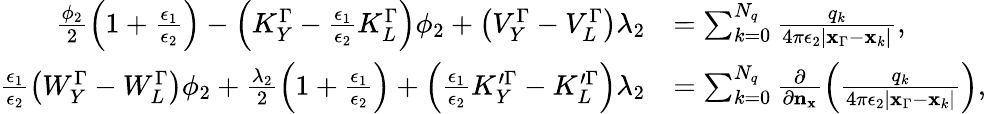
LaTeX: \begin{array}{rl}{\frac{\phi_{2}}{2}\left(1+\frac{\epsilon_{1}}{\epsilon_{2}}\right)-\left(K_{Y}^{\Gamma}-\frac{\epsilon_{1}}{\epsilon_{2}}K_{L}^{\Gamma}\right)\phi_{2}+\left(V_{Y}^{\Gamma}-V_{L}^{\Gamma}\right)\lambda_{2}}&{=\sum_{k=0}^{N_{q}}\frac{q_{k}}{4\pi\epsilon_{2}|\mathbf{x}_{\Gamma}-\mathbf{x}_{k}|},}\\ {\frac{\epsilon_{1}}{\epsilon_{2}}\left(W_{Y}^{\Gamma}-W_{L}^{\Gamma}\right)\phi_{2}+\frac{\lambda_{2}}{2}\left(1+\frac{\epsilon_{1}}{\epsilon_{2}}\right)+\left(\frac{\epsilon_{1}}{\epsilon_{2}}K_{Y}^{\prime\Gamma}-K_{L}^{\prime\Gamma}\right)\lambda_{2}}&{=\sum_{k=0}^{N_{q}}\frac{\partial}{\partial\mathbf{n}_{\mathbf{x}}}\left(\frac{q_{k}}{4\pi\epsilon_{2}|\mathbf{x}_{\Gamma}-\mathbf{x}_{k}|}\right),}\end{array}